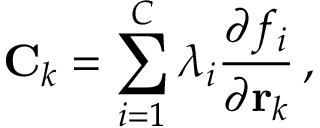
\mathbf { C } _ { k } = \sum _ { i = 1 } ^ { C } \lambda _ { i } { \frac { \partial f _ { i } } { \partial \mathbf { r } _ { k } } } \, ,